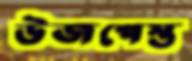
উজপেস্ত